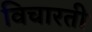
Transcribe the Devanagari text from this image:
विचारती